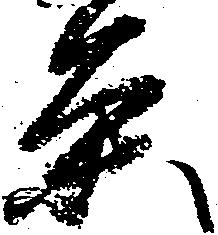
条